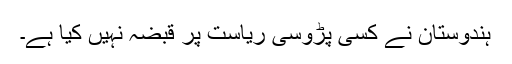
ہندوستان نے کسی پڑوسی ریاست پر قبضہ نہیں کیا ہے۔